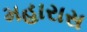
મહારાસ